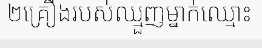
២គ្រឿងរបស់ឈ្មួញម្នាក់ឈ្មោះ